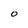
Character: 0